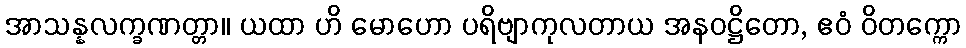
အာသန္နလက္ခဏတ္တာ။ ယထာ ဟိ မောဟော ပရိဗျာကုလတာယ အနဝဋ္ဌိတော, ဧဝံ ဝိတက္ကော